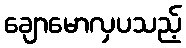
ချောမောလှပသည့်